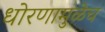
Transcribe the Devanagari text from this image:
धोरणामुळेच